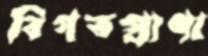
বিগতপ্রাণা